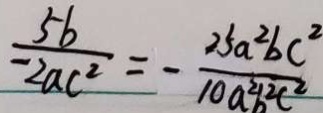
\frac { 5 b } { - 2 a c ^ { 2 } } = - \frac { 2 5 a ^ { 2 } b c ^ { 2 } } { 1 0 a ^ { 2 } b ^ { 2 } c ^ { 2 } }